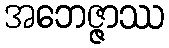
အဘေဇ္ဇာဿ